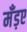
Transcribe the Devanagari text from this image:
मँड़ए